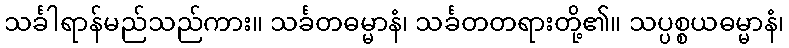
သင်္ခါရာန်မည်သည်ကား။ သင်္ခတဓမ္မာနံ၊ သင်္ခတတရားတို့၏။ သပ္ပစ္စယဓမ္မာနံ၊